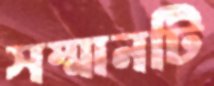
সম্মানটি